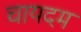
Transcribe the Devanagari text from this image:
चायदम